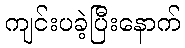
ကျင်းပခဲ့ပြီးနောက်